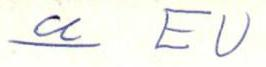
u EU